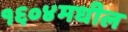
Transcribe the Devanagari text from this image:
१६०४मधील